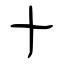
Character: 十